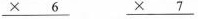
\underline{\times 6} \underline{\times 7}